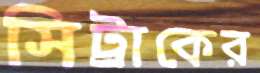
সিট্রাকের